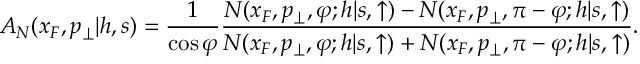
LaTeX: A _ { N } ( x _ { F } , p _ { \perp } | h , s ) = { \frac { 1 } { \cos \varphi } } { \frac { N ( x _ { F } , p _ { \perp } , \varphi ; h | s , \uparrow ) - N ( x _ { F } , p _ { \perp } , \pi - \varphi ; h | s , \uparrow ) } { N ( x _ { F } , p _ { \perp } , \varphi ; h | s , \uparrow ) + N ( x _ { F } , p _ { \perp } , \pi - \varphi ; h | s , \uparrow ) } } .